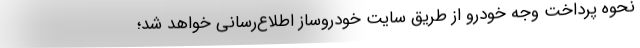
نحوه پرداخت وجه خودرو از طریق سایت خودروساز اطلاع‌رسانی خواهد شد؛